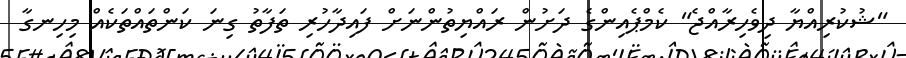
"ޝުކުރިއްޔާ ދިވެހިރާއްޖެ" ކެމްޕެއިންގެ ދަށުން ރައްޔިތުންނަށް ފައިދާހުރި ތަފާތު ގިނަ ކަންތައްތަކެއް މިހިނގާ